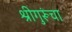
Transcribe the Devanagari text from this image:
श्रीगुरूंचा